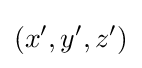
(x',y',z')